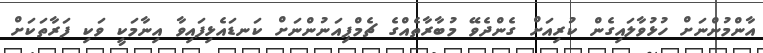
އާންމުންނަށް ހުޅުވާލައިގެން ކުރިއަށް ގެންދެވޭ މުބާރާތެއްގެ ޗެމްޕިއަނުންނަށް ކަނޑައެޅިފައިވާ އިނާމަކީ ވަކި ފަރާތަކަށް